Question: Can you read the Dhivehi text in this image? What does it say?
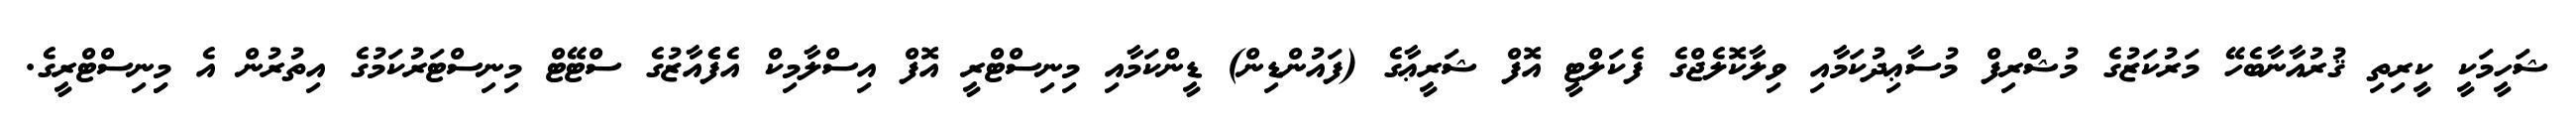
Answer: ޝަހީމަކީ ކީރިތި ޤުރުއާނާބެހޭ މަރުކަޒުގެ މުޝްރިފް މުސާޢިދުކަމާއި ވިލާކޮލެޖްގެ ފެކަލްޓީ އޮފް ޝަރީޢާގެ (ފައުންޑިން) ޑީންކަމާއި މިނިސްޓްރީ އޮފް އިސްލާމިކް އެފެެއާޒުގެ ސްޓޭޓް މިނިސްޓަރުކަމުގެ އިތުރުން އެ މިިނިސްޓްރީގެ.